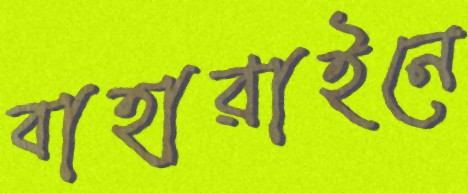
বাহারাইনে